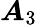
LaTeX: \boldsymbol{A}_{3}